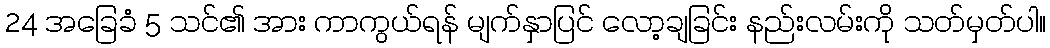
24 အခြေခံ 5 သင်၏ အား ကာကွယ်ရန် မျက်နှာပြင် လော့ချခြင်း နည်းလမ်းကို သတ်မှတ်ပါ။